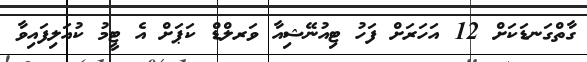
ގާތްގަނޑަކަށް 12 އަހަރަށް ފަހު ޓިއުނޭޝިއާ ވަރލްޑް ކަޕަށް އެ ޓީމު ކުއަލިފައިވާ